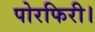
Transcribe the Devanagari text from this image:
पोरफिरी।